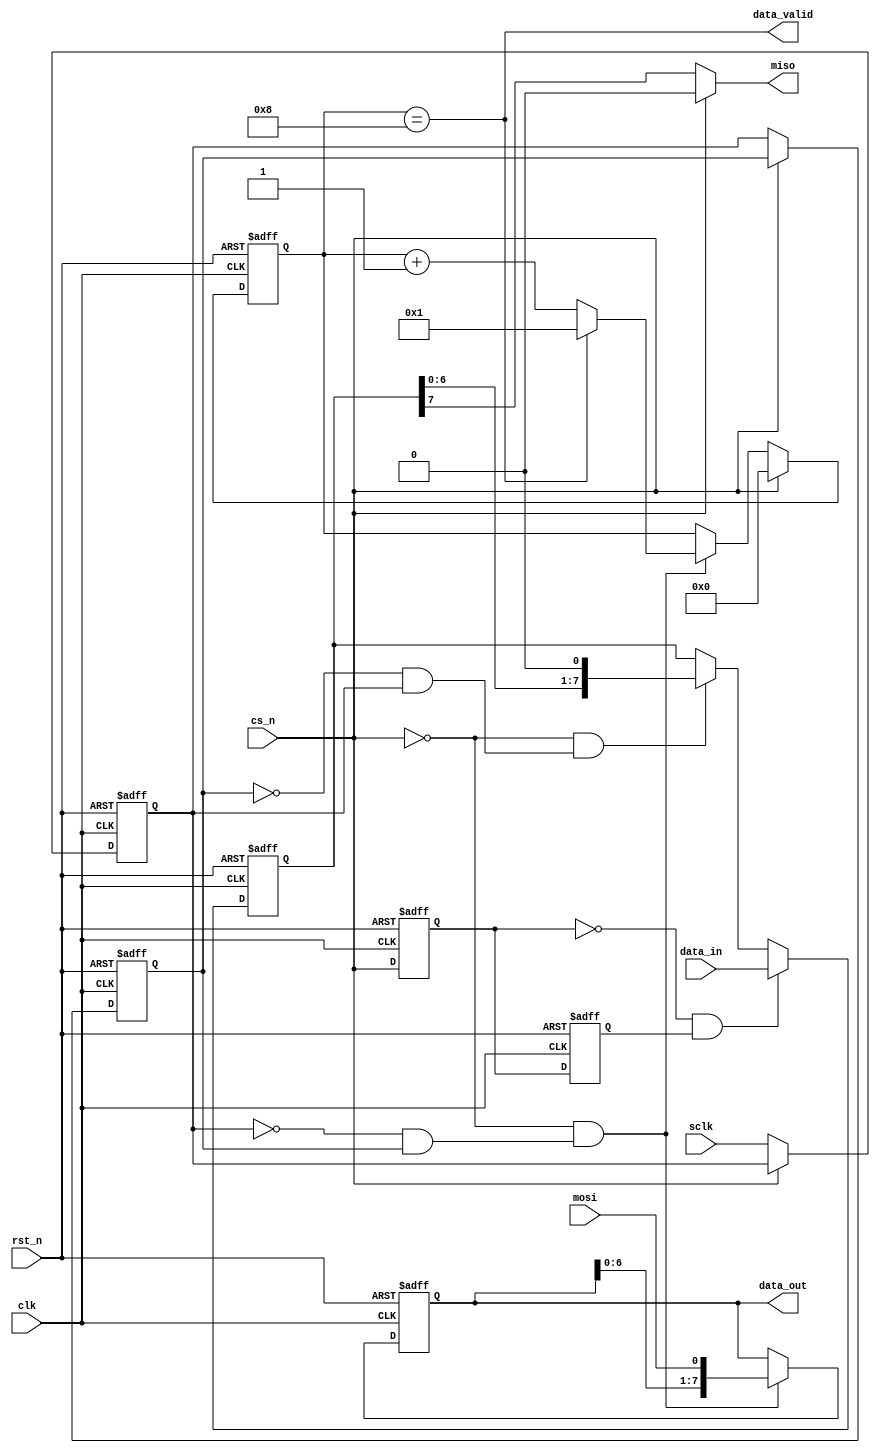
`timescale 1ns/1ps

module SPI_Slave
#(
	parameter	CLK_FREQUENCE	= 50_000_000		,	//system clk frequence
				SPI_FREQUENCE	= 5_000_000			,	//spi clk frequence
				DATA_WIDTH		= 8					,	//serial word length
				CPOL			= 1					,	//SPI mode selection (mode 0 default)
				CPHA			= 1					 	//CPOL = clock polarity, CPHA = clock phase
)
(
	input								clk			,	//system clk
	input								rst_n		,	//system reset
	input		[DATA_WIDTH-1:0]		data_in		,	//the data sent by miso
	input								sclk		,	//spi bus sclk
	input								cs_n		,	//spi bus slave select line
	input								mosi		,	//spi bus mosi input
	output								miso		,	//spi bus miso output
	output								data_valid	,	//the data received by mosi valid
	output	reg	[DATA_WIDTH-1:0]		data_out	 	//the data received by mosi,valid when data_valid is high
);

localparam	SFIFT_NUM = log2(DATA_WIDTH);

reg	[DATA_WIDTH-1:0]		data_reg	;	//the register to latch the data_in,also the shift register
reg	[ SFIFT_NUM-1:0]		sampl_num	;	//the counter to count the number of sample
reg							sclk_a		;	//sclk register to capture the edge of sclk
reg							sclk_b		;	//sclk register to capture the edge of sclk
wire						sclk_posedge;	//posedge of sclk
wire						sclk_negedge;	//negedge of sclk
reg							cs_n_a		;	//cs_n register to capture the edge of cs_n
reg							cs_n_b		;	//cs_n register to capture the edge of cs_n
wire						cs_n_negedge;	//negedge of cs_n to latch the data
wire						shift_en	;	//the signal to enable shift register to generate mosi
wire						sampl_en	;	//the signal to sample the data from miso

//to capture the edge of sclk
always @(posedge clk or negedge rst_n) begin
	if (!rst_n) begin
		sclk_a <= CPOL;
		sclk_b <= CPOL;
	end else if (!cs_n) begin
		sclk_a <= sclk;
		sclk_b <= sclk_a;
	end
end

assign sclk_posedge = ~sclk_b & sclk_a;
assign sclk_negedge = ~sclk_a & sclk_b;

//to capture the edge of sclk
always @(posedge clk or negedge rst_n) begin
	if (!rst_n) begin
		cs_n_a	<= 1'b1;
		cs_n_b	<= 1'b1;
	end else begin
		cs_n_a	<= cs_n		;
		cs_n_b	<= cs_n_a	;
	end
end

assign cs_n_negedge = ~cs_n_a & cs_n_b;

//==============GENERATE BLOCKS=================
generate
	case (CPHA)
		0: assign sampl_en = sclk_posedge;
		1: assign sampl_en = sclk_negedge;
		default: assign sampl_en = sclk_posedge;
	endcase
endgenerate

generate
 	case (CPHA)
		0: assign shift_en = sclk_negedge;
 		1: assign shift_en = sclk_posedge;
		default: assign shift_en = sclk_posedge;
	endcase
endgenerate

//the register to latch the data_in
//also the shift register to generate the miso
always @(posedge clk or negedge rst_n) begin
	if (!rst_n) 
		data_reg <= 'd0;
	else if(cs_n_negedge)
		data_reg <= data_in;
	else if (!cs_n & shift_en) 
		data_reg <= {data_reg[DATA_WIDTH-2:0],1'b0};
	else
		data_reg <= data_reg;
end
//miso output MSB first
assign miso = !cs_n ? data_reg[DATA_WIDTH-1] : 1'd0;

//sample data from the mosi line
always @(posedge clk or negedge rst_n) begin
	if (!rst_n) 
		data_out <= 'd0;
	else if (!cs_n & sampl_en) 
		data_out <= {data_out[DATA_WIDTH-2:0],mosi};
	else
		data_out <= data_out;
end
//the counter to count the number of sampled data bit
always @(posedge clk or negedge rst_n) begin
	if (!rst_n) 
		sampl_num <= 'd0;
	else if (cs_n)
		sampl_num <= 'd0;
	else if (!cs_n & sampl_en) 
		if (sampl_num == DATA_WIDTH)
			sampl_num <= 'd1;
		else
			sampl_num <= sampl_num + 1'b1;
	else
		sampl_num <= sampl_num;
end
//the received data valid
assign data_valid = sampl_num == DATA_WIDTH;
//the function to get the width of data 
function integer log2(input integer v);
  begin
	log2=0;
	while(v>>log2) 
	  log2=log2+1;
  end
endfunction

endmodule